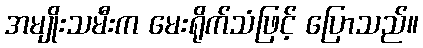
အမျိုးသမီးက မေးရိုက်သံဖြင့် ပြောသည်။